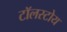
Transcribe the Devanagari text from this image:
टॉलस्टोय